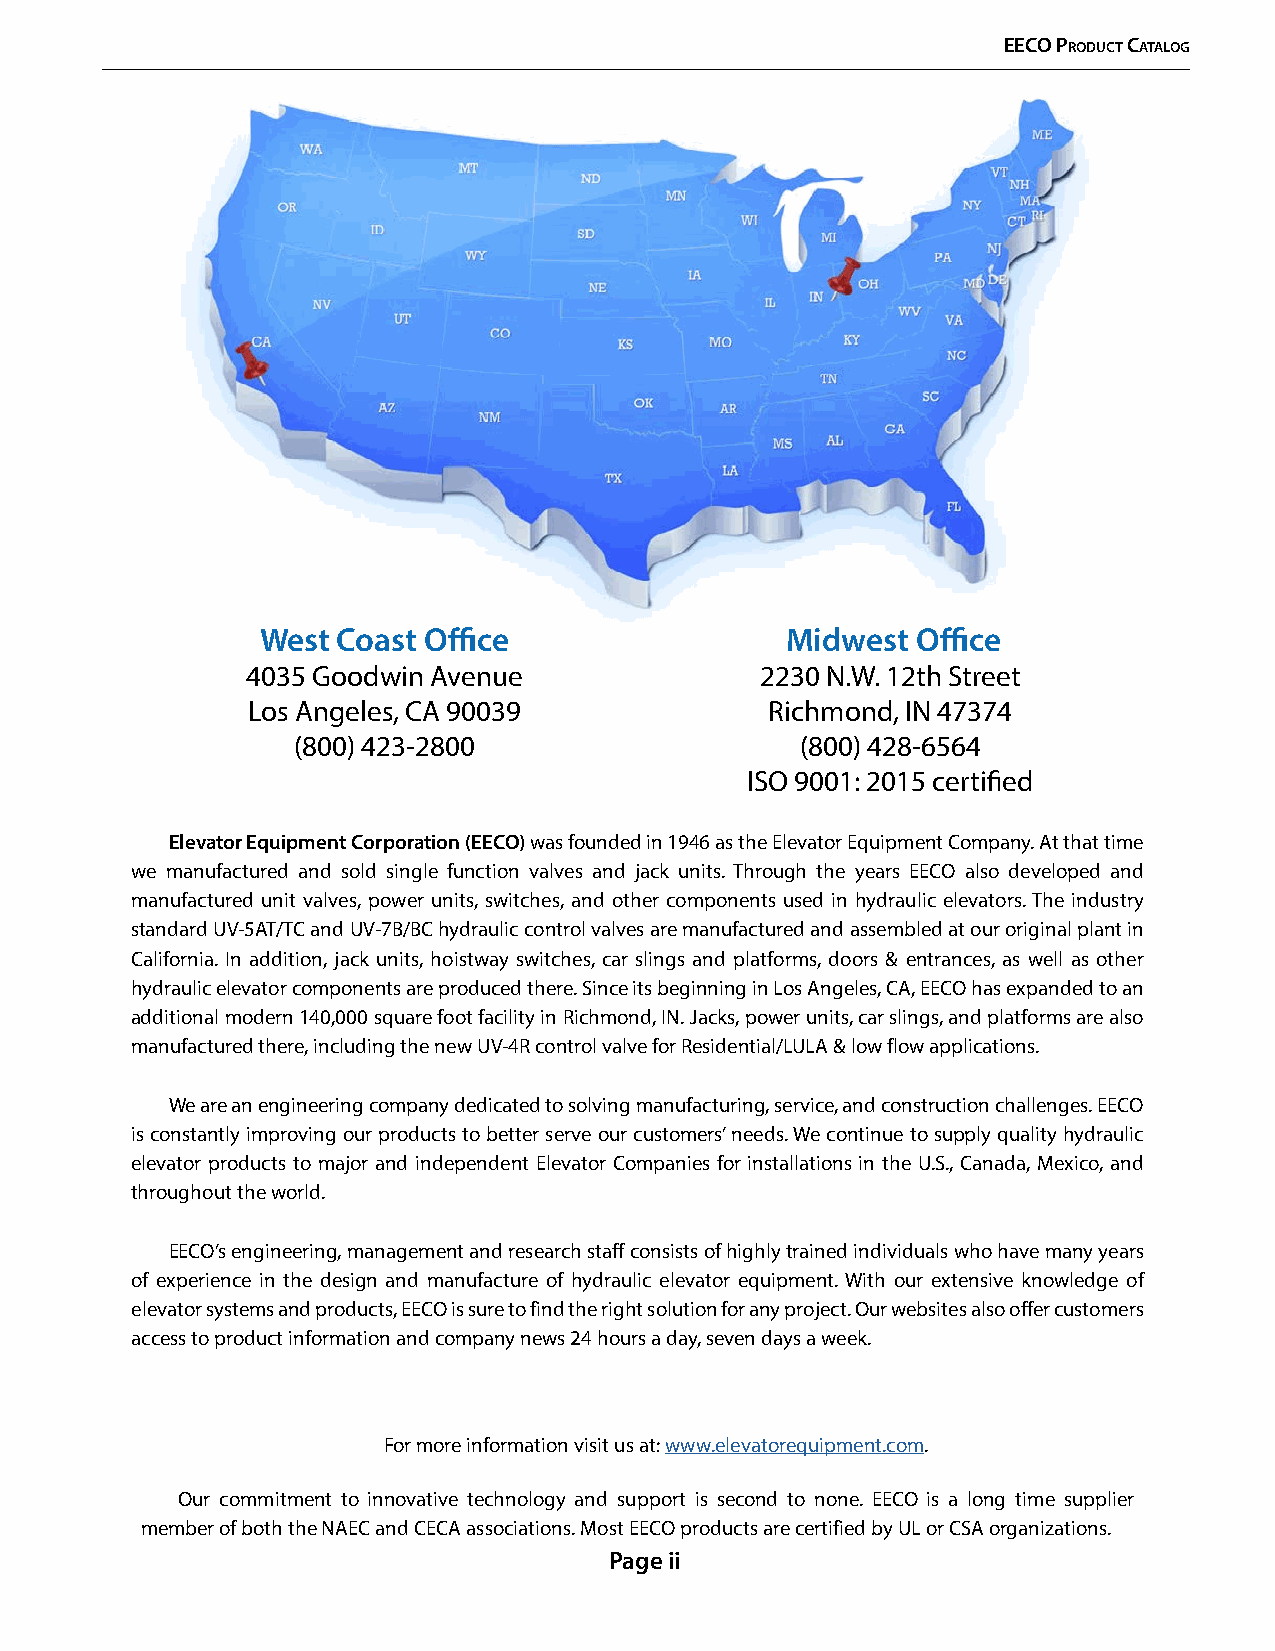
EECO PrOduCt CatalOg
 West Coast Office                  Midwest  Office
 4035 Goodwin Avenue               2230 N.W. 12th Street
 Los Angeles, CA 90039              Richmond, IN 47374
 (800) 423-2800                    (800) 428-6564
 ISO 9001: 2015 certified
 Elevator Equipment Corporation (EECO) was founded in 1946 as the Elevator Equipment Company. At that time
 we manufactured and sold single function valves and jack units. Through the years EECO also developed and
 manufactured unit valves, power units, switches, and other components used in hydraulic elevators. The industry
 standard UV-5AT/TC and UV-7B/BC hydraulic control valves are manufactured and assembled at our original plant in
 California. In addition, jack units, hoistway switches, car slings and platforms, doors & entrances, as well as other
 hydraulic elevator components are produced there. Since its beginning in Los Angeles, CA, EECO has expanded to an
 additional modern 140,000 square foot facility in Richmond, IN. Jacks, power units, car slings, and platforms are also
 manufactured there, including the new UV-4R control valve for Residential/LULA & low flow applications.
 We are an engineering company dedicated to solving manufacturing, service, and construction challenges. EECO
 is constantly improving our products to better serve our customers’ needs. We continue to supply quality hydraulic
 elevator products to major and independent Elevator Companies for installations in the U.S., Canada, Mexico, and
 throughout the world.
 EECO’s engineering, management and research staff consists of highly trained individuals who have many years
 of experience in the design and manufacture of hydraulic elevator equipment. With our extensive knowledge of
 elevator systems and products, EECO is sure to find the right solution for any project. Our websites also offer customers
 access to product information and company news 24 hours a day, seven days a week.
 For more information visit us at: www.elevatorequipment.com.
 Our commitment to innovative technology and support is second to none. EECO is a long time supplier
 member of both the NAEC and CECA associations. Most EECO products are certified by UL or CSA organizations.
 Page ii